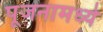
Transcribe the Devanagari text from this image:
पूजनामध्ये